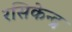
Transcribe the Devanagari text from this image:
रसिकेन्द्र